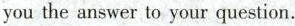
you the answer to your question.